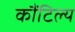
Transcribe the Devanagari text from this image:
कौंटिल्य